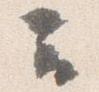
云